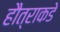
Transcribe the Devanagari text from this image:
हौत्राकडे